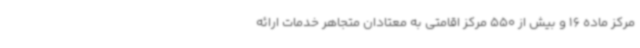
مرکز ماده 16 و بیش از 550 مرکز اقامتی به معتادان متجاهر خدمات ارائه